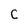
Character: C